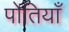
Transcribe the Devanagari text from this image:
पोतियाँ